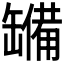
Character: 𮉹